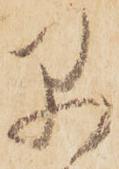
早